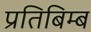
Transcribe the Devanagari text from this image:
प्रतिबिम्‍ब